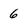
Character: 6